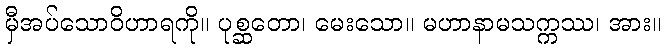
မှီအပ်သောဝိဟာရကို။ ပုစ္ဆတော၊ မေးသော။ မဟာနာမသက္ကဿ၊ အား။